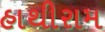
હાથીરામ